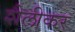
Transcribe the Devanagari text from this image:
शैलीकर